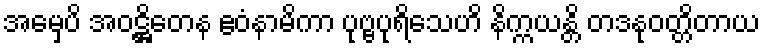
အမှေပိ အဝဋ္ဌိတေန ဧဝံနာမိကာ ပုဗ္ဗပုရိသေဟိ နိက္ကယန္တိ တဒနုဝတ္တိတာယ